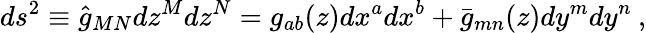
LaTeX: ds^{2}\equiv\hat{g}_{MN}dz^{M}dz^{N}=g_{ab}(z)dx^{a}dx^{b}+\bar{g}_{mn}(z)dy^{m}dy^{n}\: ,